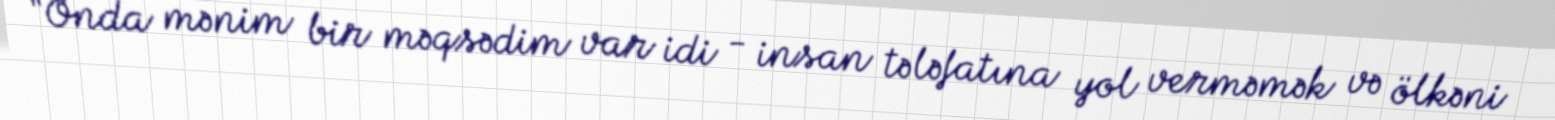
“Onda mənim bir məqsədim var idi - insan tələfatına yol verməmək və ölkəni